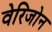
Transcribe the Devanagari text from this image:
वेरिजोन